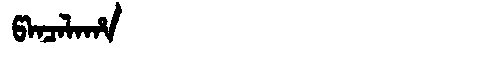
Manchu: ᡦᠠᠨᠴᠠᠯᠠᡥᠠ
Romanization: PANCALAHA